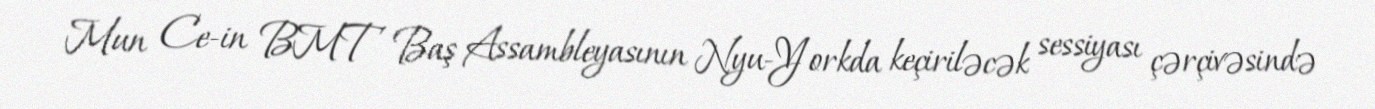
Mun Ce-in BMT Baş Assambleyasının Nyu-Yorkda keçiriləcək sessiyası çərçivəsində